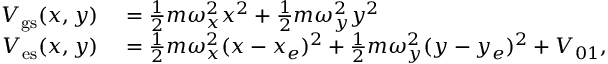
\begin{array} { r l } { V _ { \mathrm { g s } } ( x , y ) } & { { } = \frac { 1 } { 2 } m \omega _ { x } ^ { 2 } x ^ { 2 } + \frac { 1 } { 2 } m \omega _ { y } ^ { 2 } y ^ { 2 } } \\ { V _ { \mathrm { e s } } ( x , y ) } & { { } = \frac { 1 } { 2 } m \omega _ { x } ^ { 2 } ( x - x _ { e } ) ^ { 2 } + \frac { 1 } { 2 } m \omega _ { y } ^ { 2 } ( y - y _ { e } ) ^ { 2 } + V _ { 0 1 } , } \end{array}